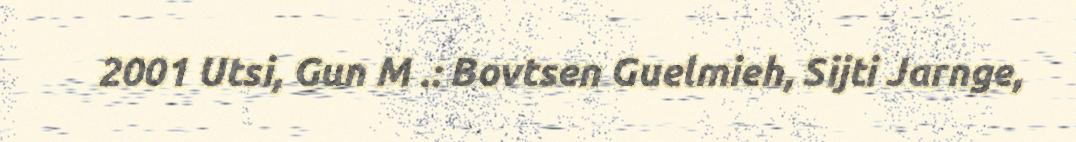
2001 Utsi, Gun M .: Bovtsen Guelmieh, Sijti Jarnge,